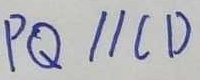
P Q / / C D